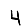
Digit: 4